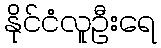
နိုင်ငံလူဦးရေ